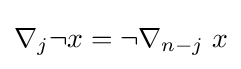
\nabla _{j}\neg x=\neg \nabla _{n-j}\;x